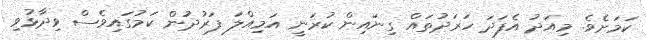
ކަމަަށެވެ. މިއަދު އެފަދަ ހަރަދުތައް ގިނައިން ކުރަނީ އަމިއްލަ ފަރުދުން ކަމުގައިވެސް ވިދާޅުވި